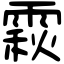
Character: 𩄍